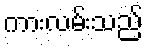
ကားလမ်းသည်